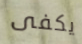
يكفى